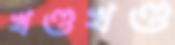
খণ্ডখণ্ড